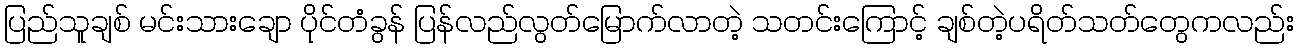
ပြည်သူချစ် မင်းသားချော ပိုင်တံခွန် ပြန်လည်လွတ်မြောက်လာတဲ့ သတင်းကြောင့် ချစ်တဲ့ပရိတ်သတ်တွေကလည်း